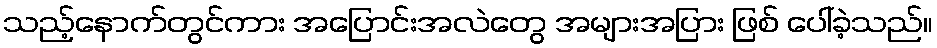
သည့်နောက်တွင်ကား အပြောင်းအလဲတွေ အများအပြား ဖြစ် ပေါ်ခဲ့သည်။